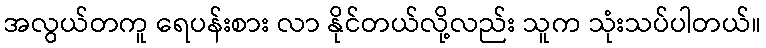
အလွယ်တကူ ရေပန်းစား လာ နိုင်တယ်လို့လည်း သူက သုံးသပ်ပါတယ်။